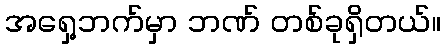
အရှေ့ဘက်မှာ ဘဏ် တစ်ခုရှိတယ်။